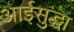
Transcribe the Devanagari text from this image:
आईसुद्धा